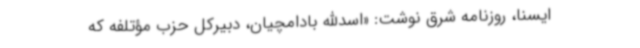
ایسنا، روزنامه شرق نوشت: «اسدالله بادامچیان، دبیرکل حزب مؤتلفه که